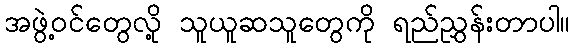
အဖွဲ့ဝင်တွေလို့ သူယူဆသူတွေကို ရည်ညွှန်းတာပါ။